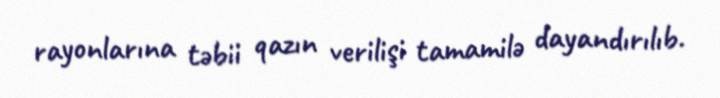
rayonlarına təbii qazın verilişi tamamilə dayandırılıb.